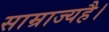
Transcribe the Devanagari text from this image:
साम्राज्यहै।